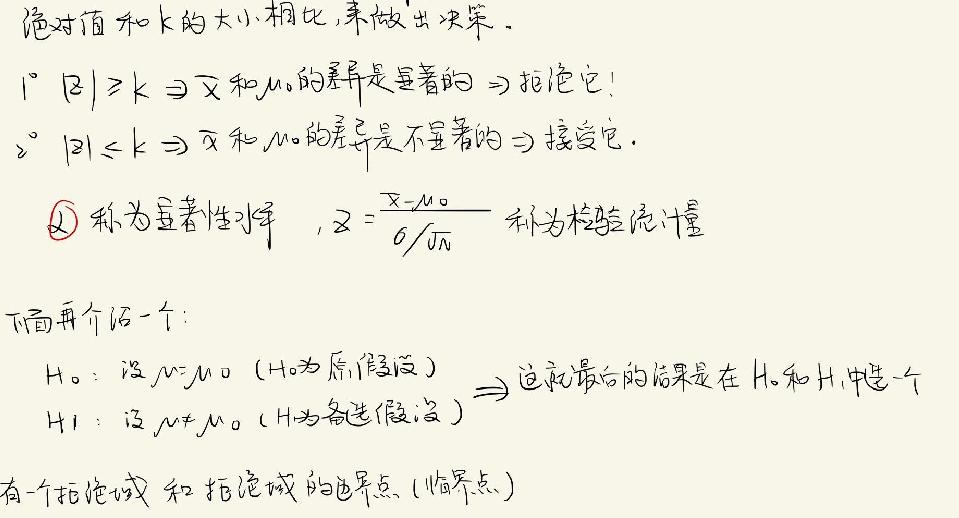
绝对值和k的大小相比,来做出决策。
1° \(|z|\geq k\Rightarrow \bar{x}\) 和 \(\mu_0\) 的差异是显著的 \(\Rightarrow\) 拒绝它!
2° \(|z|\leq k\Rightarrow \bar{x}\) 和 \(\mu_0\) 的差异是不显著的 \(\Rightarrow\) 接受它。
\(\alpha\) 称为显著性水平 ，\(z = \frac{\bar{x}-\mu_0}{\sigma/\sqrt{n}}\) 称为检验统计量
下面再介绍一个：
\(H_0\)：设 \(\mu=\mu_0\)（\(H_0\) 为原假设）
\(H_1\)：设 \(\mu\neq\mu_0\)（\(H_1\) 为备选假设） \(\Rightarrow\) 这最后的结果是在 \(H_0\) 和 \(H_1\) 中选一个
有一个拒绝域和拒绝域的边界点（临界点）